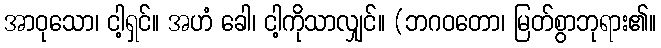
အာဝုသော၊ ငါ့ရှင်။ အဟံ ခေါ၊ ငါ့ကိုသာလျှင်။ (ဘဂဝတော၊ မြတ်စွာဘုရား၏။